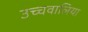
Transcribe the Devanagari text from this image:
उच्चवालिया